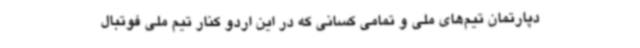
دپارتمان تیم‌های ملی و تمامی کسانی که در این اردو کنار تیم ملی فوتبال